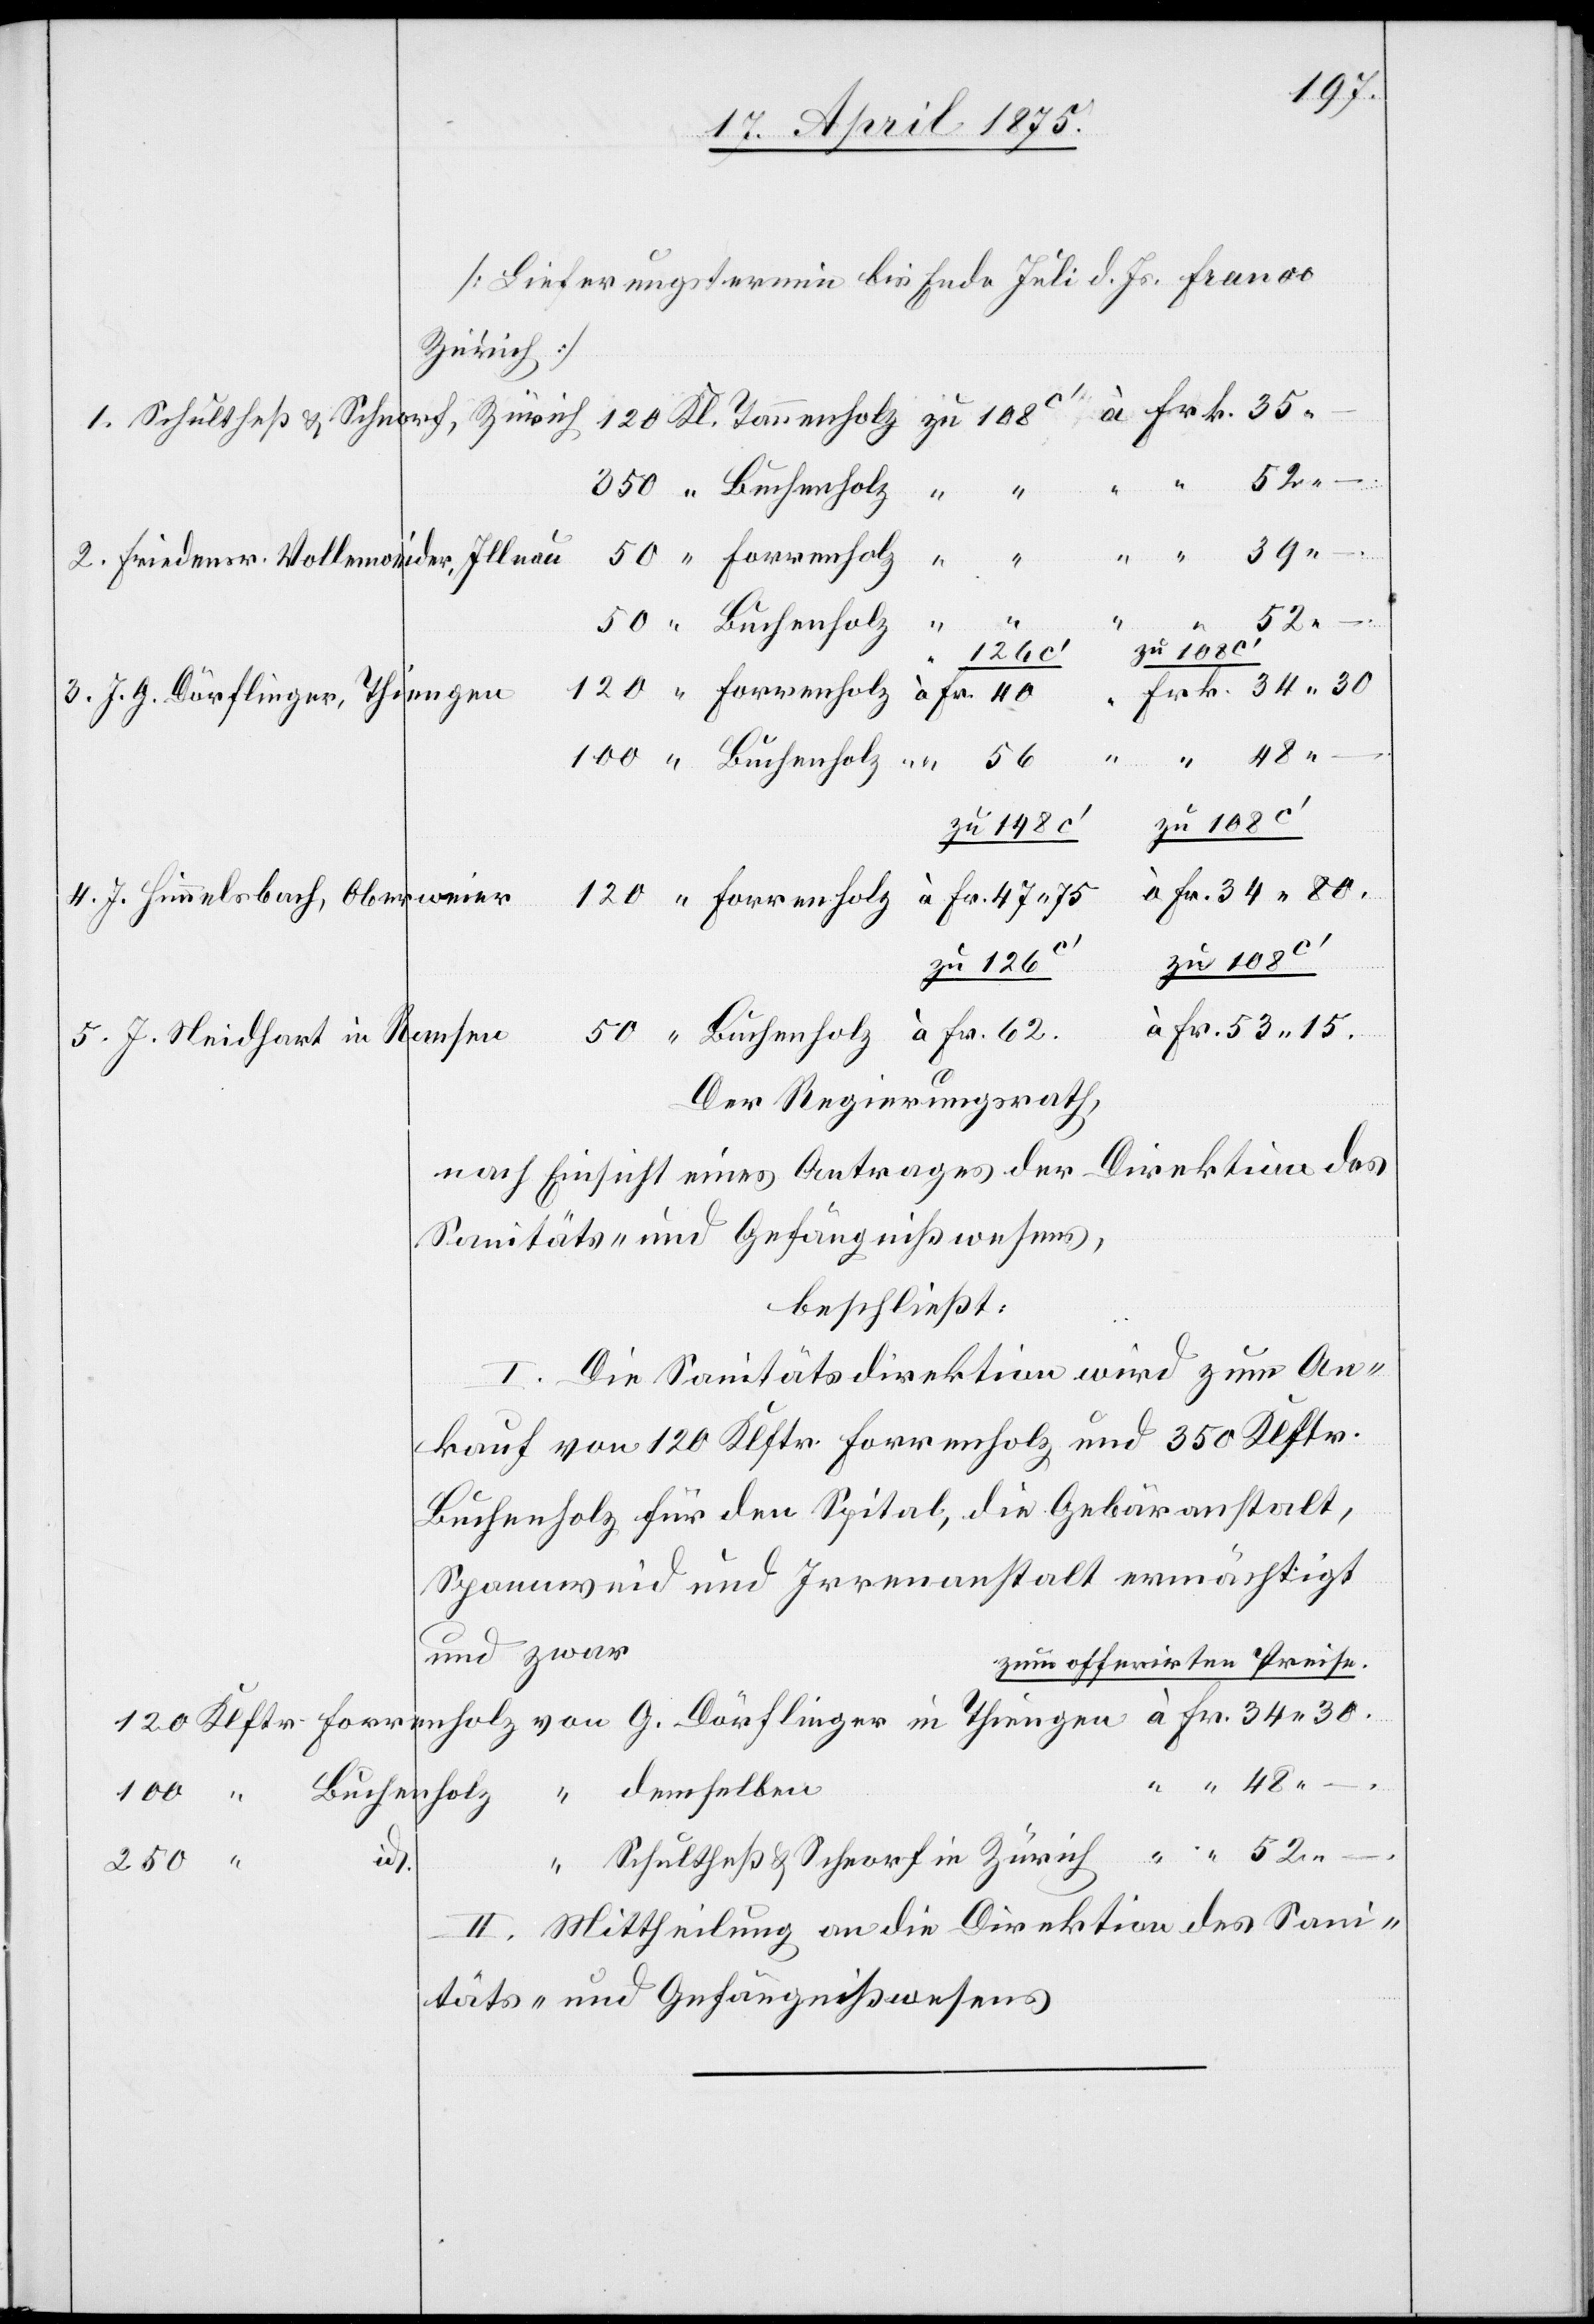
100
[Lieferungstermin bis Ende Juli d. Js. Franco
Zürich]
52
48
120
J. G. Dörflinger, Thiengen
–.
demse¬
zu 108c‘
J. Neidhart in Ramsen
Der Regierungsrath,
nach Einsicht eines Antrages der Direktion des
Sanitäts- und Gefängnißwesens,
beschließt:
I. Die Sanitätsdirektion wird zum An¬
kauf von 120 Klftr. Forrenholz und 350 Klftr.
Buchenholz für den Spital, die Gebäranstalt,
Spannweid und Irrenanstalt ermächtigt
und zwar
zum offerirten Preise.
Schultheß & Schnorf in Zürich
in
II. Mittheilung an die Direktion des Sani¬
täts- und Gefängnißwesens.